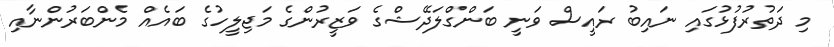
މި ދަތުރުފުޅުގައި ނައިބު ރައީސް ވަނީ ބަންގްލަދޭޝްގެ ވަޒީރުންގެ މަޖިލީހުގެ ބައެއް މެންބަރުންނާއި